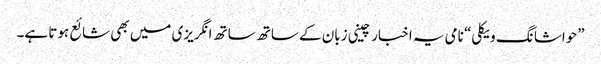
”حواشا نگ ویکلی“ نامی یہ اخبار چینی زبان کے ساتھ ساتھ انگریزی میں بھی شائع ہوتا ہے۔